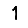
Digit: 1